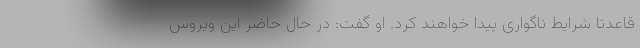
قاعدتا شرایط ناگواری پیدا خواهند کرد. او گفت: در حال حاضر این ویروس